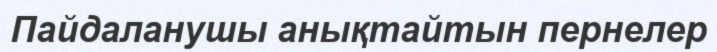
Пайдаланушы анықтайтын пернелер